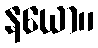
နယော။